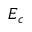
E _ { c }